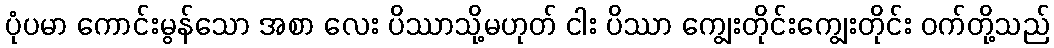
ပုံပမာ ကောင်းမွန်သော အစာ လေး ပိဿာသို့မဟုတ် ငါး ပိဿာ ကျွေးတိုင်းကျွေးတိုင်း ဝက်တို့သည်